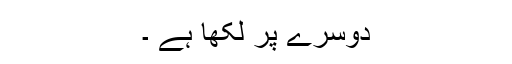
دوسرے پر لکھا ہے ۔